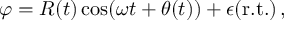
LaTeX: \varphi = R ( t ) \cos ( \omega t + \theta ( t ) ) + \epsilon ( \mathrm { r . t . } ) \, ,